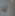
أوه